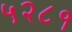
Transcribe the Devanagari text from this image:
५२८१